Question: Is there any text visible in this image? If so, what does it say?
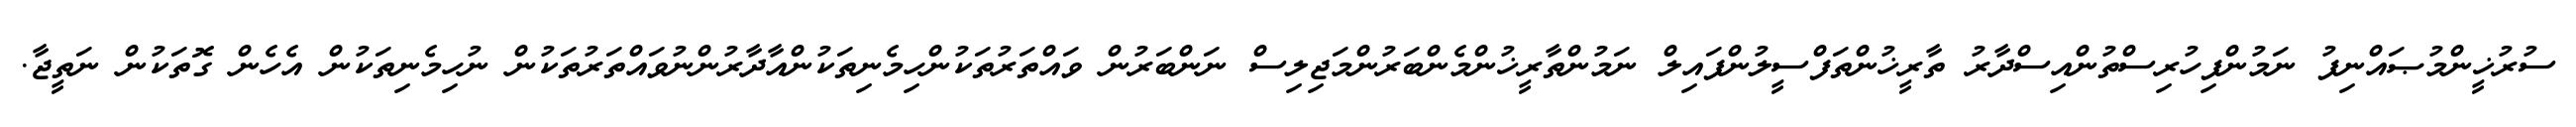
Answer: ސުރުޚީންމުޞައްނިފު ނަމުންފިހުރިސްތުންއިސްދާރު ތާރީޚުންތަފްސީލުންފައިލް ނަމުންތާރީޚުންމެންބަރުންމަޖިލިސް ނަންބަރުން ވައްތަރުތަކުންހިމެނިތަކުންއާދާރުންނުވައްތަރުތަކުން ނުހިމެނިތަކުން އެހެން ގޮތަކުން ނަތީޖާ.